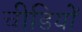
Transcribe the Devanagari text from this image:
चीडियों